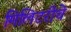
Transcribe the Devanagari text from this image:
मिलिटरीचे